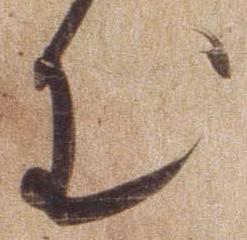
む